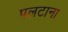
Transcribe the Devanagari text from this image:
पलटाना